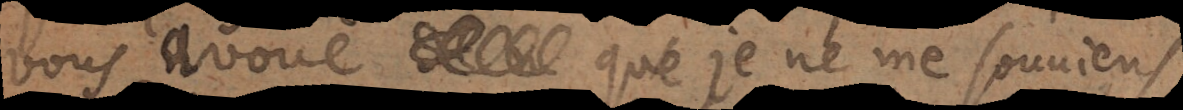
vous avoue que je ne me souviens